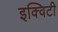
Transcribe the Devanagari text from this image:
इक्‍विटी